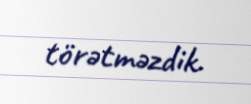
törətməzdik.